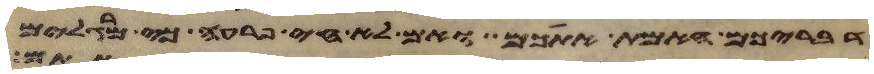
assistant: האמת אתכם ואם לא חי פרעה כי מרגלים